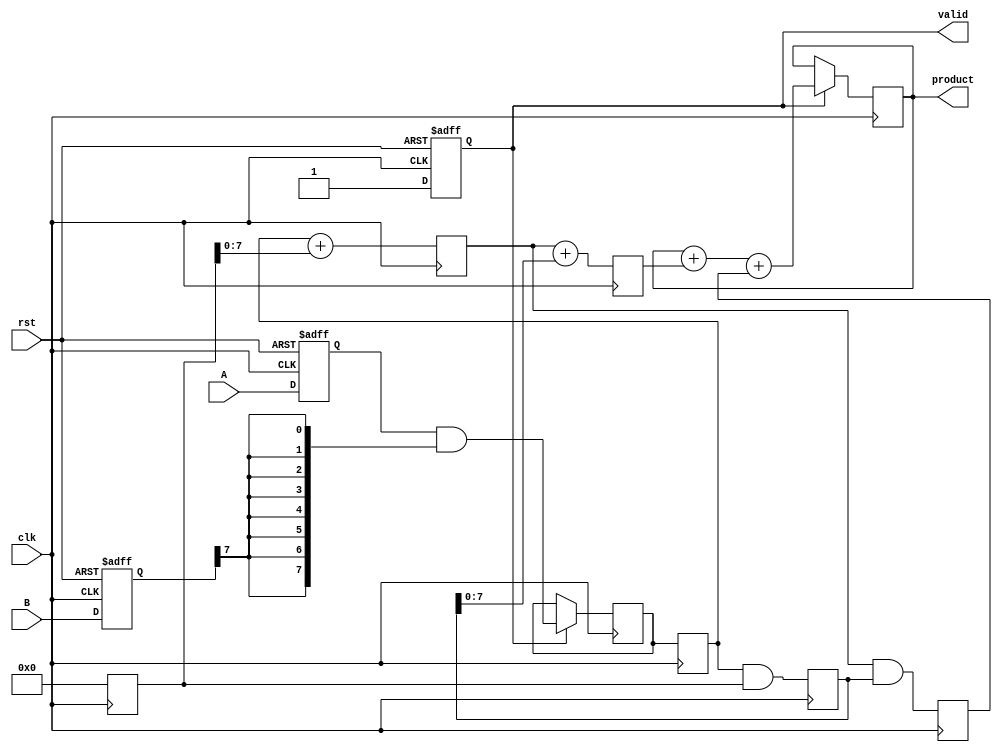
module pipelined_wallace_tree_multiplier #(
    parameter N = 8,  // Width of the operands
    parameter STAGES = 3  // Number of pipeline stages
)(
    input wire clk,
    input wire rst,
    input wire [N-1:0] A,
    input wire [N-1:0] B,
    output reg [2*N-1:0] product,
    output reg valid
);

    // Internal signals
    reg [N-1:0] partial_products[N-1:0];
    reg [N-1:0] sum_stage[STAGES-1:0][N-1:0];
    reg [N:0] carry_stage[STAGES-1:0][N-1:0];
    
    reg [N-1:0] stage_input_A, stage_input_B;
    reg [STAGES-1:0] stage_valid;

    integer i, j;

    // Input Stage
    always @(posedge clk or posedge rst) begin
        if (rst) begin
            stage_input_A <= 0;
            stage_input_B <= 0;
            valid <= 0;
        end else begin
            stage_input_A <= A;
            stage_input_B <= B;
            valid <= 1; // Indicate valid input
        end
    end

    // Partial Product Generation
    always @(posedge clk) begin
        if (valid) begin
            for (i = 0; i < N; i = i + 1) begin
                partial_products[i] <= stage_input_A & {N{stage_input_B[i]}};
            end
        end
    end

    // Wallace Tree Reduction
    genvar k;
    generate
        for (k = 0; k < STAGES; k = k + 1) begin : wallace_reduction
            always @(posedge clk) begin
                if (k == 0) begin
                    // First stage: Initialize sums and carries
                    for (i = 0; i < N; i = i + 1) begin
                        sum_stage[k][i] <= partial_products[i];
                        carry_stage[k][i] <= 0;
                    end
                end else begin
                    // Subsequent stages: Add using carry-save adders
                    for (i = 0; i < N; i = i + 1) begin
                        sum_stage[k][i] <= sum_stage[k-1][i] + carry_stage[k-1][i];
                        carry_stage[k][i] <= sum_stage[k-1][i] & carry_stage[k-1][i];
                    end
                end
            end
        end
    endgenerate

    // Final Addition Stage
    always @(posedge clk) begin
        if (valid) begin
            // Add the last two rows of the Wallace tree
            product <= sum_stage[STAGES-1][0] + carry_stage[STAGES-1][0];
            for (i = 1; i < N; i = i + 1) begin
                product <= product + sum_stage[STAGES-1][i] + carry_stage[STAGES-1][i];
            end
        end
    end

endmodule